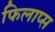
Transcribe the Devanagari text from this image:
फिलाप्स